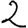
Digit: 2